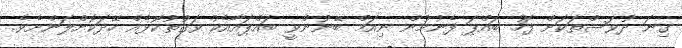
ގިނަ ދުވަސްތަކަށް ފަހު ބައްޕަ ފެނުމުން ނިއަމް ބޭނުންވީ ބައްޕައާއެކު ވަގުތުކޮޅެއް ހޭދަކޮށްލަންށެވެ.